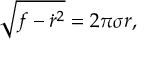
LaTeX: \sqrt { f - { \dot { r } ^ { 2 } } } = 2 \pi \sigma r ,